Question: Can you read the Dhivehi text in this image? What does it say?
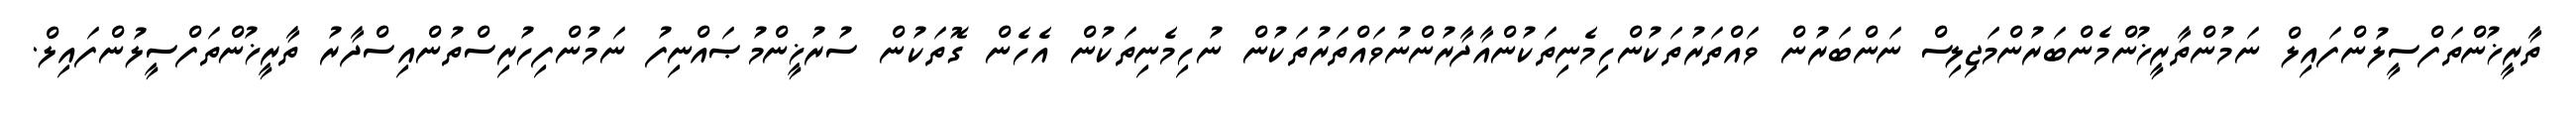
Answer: ތާރީޚުންތަފްސީލުންފައިލް ނަމުންތާރީޚުންމެންބަރުންމަޖިލިސް ނަންބަރުން ވައްތަރުތަކުންހިމެނިތަކުންއާދާރުންނުވައްތަރުތަކުން ނުހިމެނިތަކުން އެހެން ގޮތަކުން ސުރުޚީންމުޞައްނިފު ނަމުންފިހުރިސްތުންއިސްދާރު ތާރީޚުންތަފްސީލުންފައިލް.